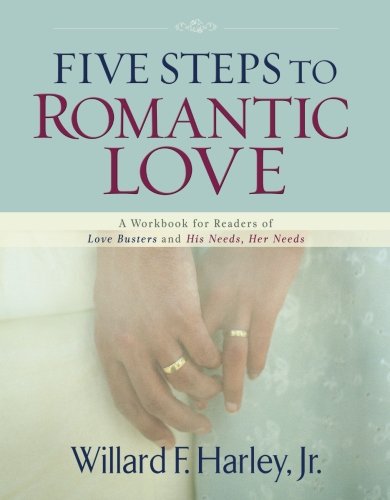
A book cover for Five Steps to Romantic Love: A Workbook for Readers of Love Busters and His Needs, Her Needs; Willard F. Jr. Harley; Christian Books & Bibles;